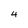
Character: 4